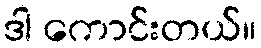
ဒါ ကောင်းတယ်။